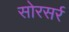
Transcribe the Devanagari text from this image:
सोरसर्र